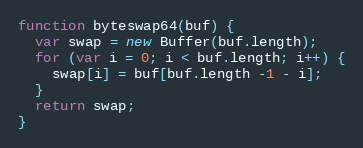
Language: JavaScript
function byteswap64(buf) {
  var swap = new Buffer(buf.length);
  for (var i = 0; i < buf.length; i++) {
    swap[i] = buf[buf.length -1 - i];
  }
  return swap;
}